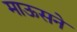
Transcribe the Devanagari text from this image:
माऊसने